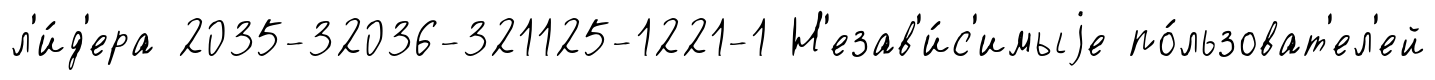
л'и́д'ера 2035-32036-321125-1221-1 Н'езав'и́с'имыjе по́льзоват'ел'ей